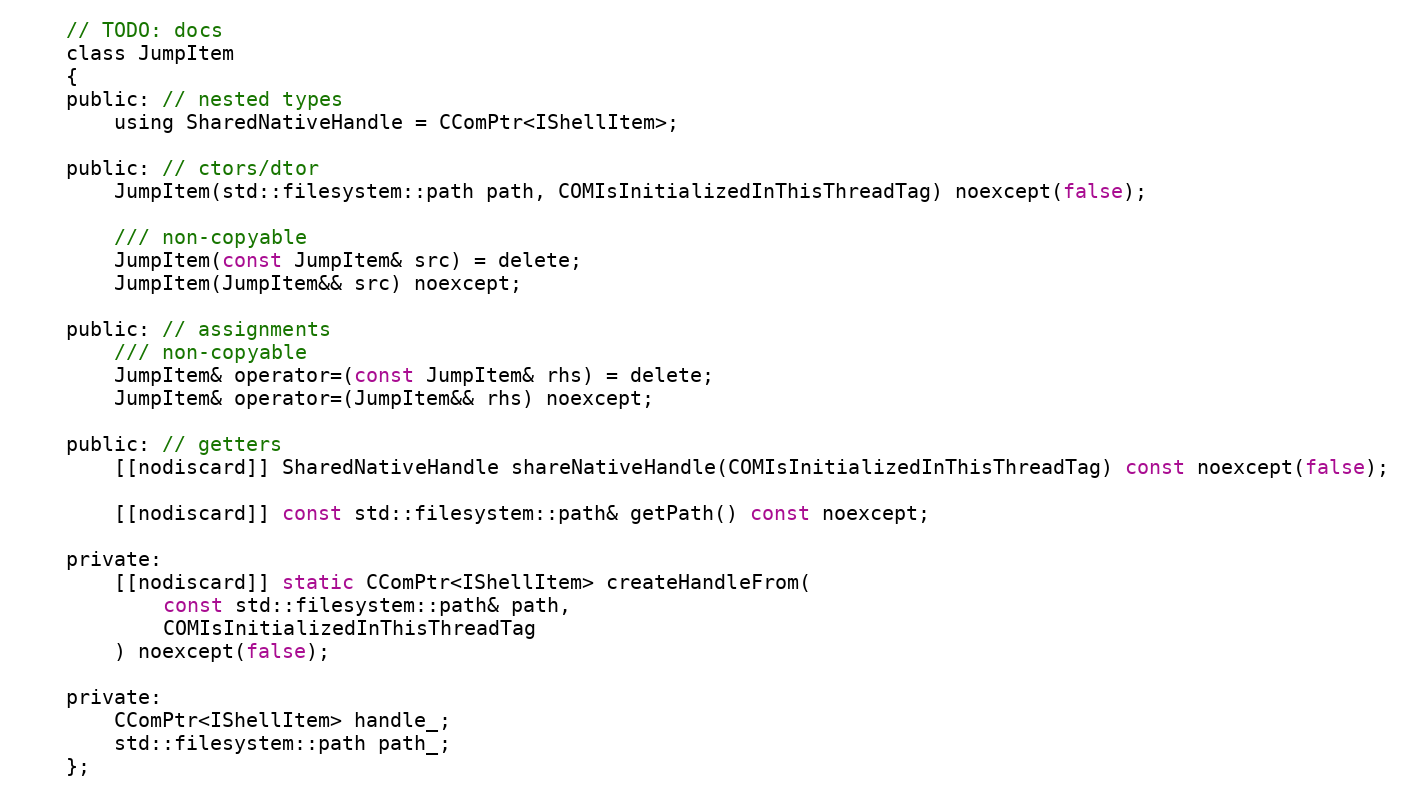
Language: C
    // TODO: docs
    class JumpItem
    {
    public: // nested types
        using SharedNativeHandle = CComPtr<IShellItem>;

    public: // ctors/dtor
        JumpItem(std::filesystem::path path, COMIsInitializedInThisThreadTag) noexcept(false);

        /// non-copyable
        JumpItem(const JumpItem& src) = delete;
        JumpItem(JumpItem&& src) noexcept;

    public: // assignments
        /// non-copyable
        JumpItem& operator=(const JumpItem& rhs) = delete;
        JumpItem& operator=(JumpItem&& rhs) noexcept;

    public: // getters
        [[nodiscard]] SharedNativeHandle shareNativeHandle(COMIsInitializedInThisThreadTag) const noexcept(false);

        [[nodiscard]] const std::filesystem::path& getPath() const noexcept;

    private:
        [[nodiscard]] static CComPtr<IShellItem> createHandleFrom(
            const std::filesystem::path& path,
            COMIsInitializedInThisThreadTag
        ) noexcept(false);

    private:
        CComPtr<IShellItem> handle_;
        std::filesystem::path path_;
    };